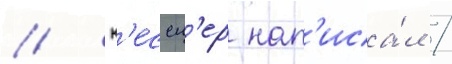
// К'ессл'ер нап'иса́л /